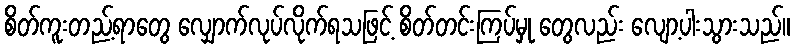
စိတ်ကူးတည့်ရာတွေ လျှောက်လုပ်လိုက်ရသဖြင့် စိတ်တင်းကြပ်မှု တွေလည်း လျော့ပါးသွားသည်။